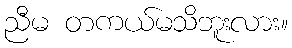
ညီမ တကယ်မသိဘူးလား။